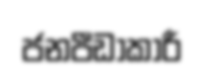
ජනපීඩාකාරී